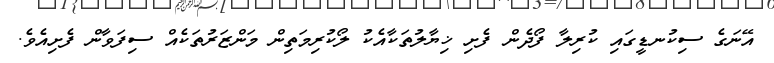
އޭނަގެ ސިކުނޑީގައި ކުރިލާ ފޯދެން ފެށި ޚިޔާލުތަކާއެކު ލޯކުރިމަތިން މަންޒަރުތަކެއް ސިފަވާން ފެށިއެވެ.